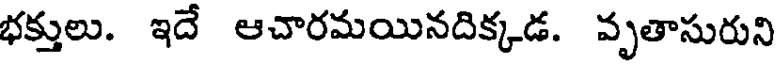
భక్తులు. ఇదే ఆచారమయినదిక్కడ. వృతాసురుని